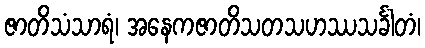
ဇာတိသံသာရံ၊ အနေကဇာတိသတသဟဿသင်္ခါတံ၊